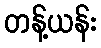
တန့်ယန်း